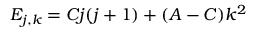
E _ { j , k } = C j ( j + 1 ) + ( A - C ) k ^ { 2 }